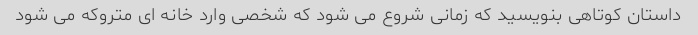
داستان کوتاهی بنویسید که زمانی شروع می شود که شخصی وارد خانه ای متروکه می شود